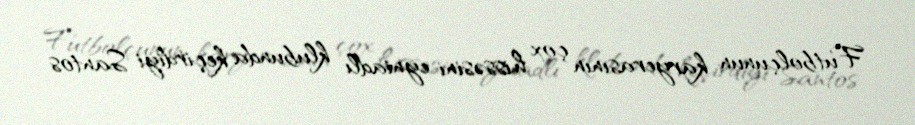
Futbolçunun karyerasının çox hissəsini eyniadlı klubunda keçirdiyi Santos